Report of the Indian Hemp Drugs Commission, 1894-1895 - Volume V
Year: 1894
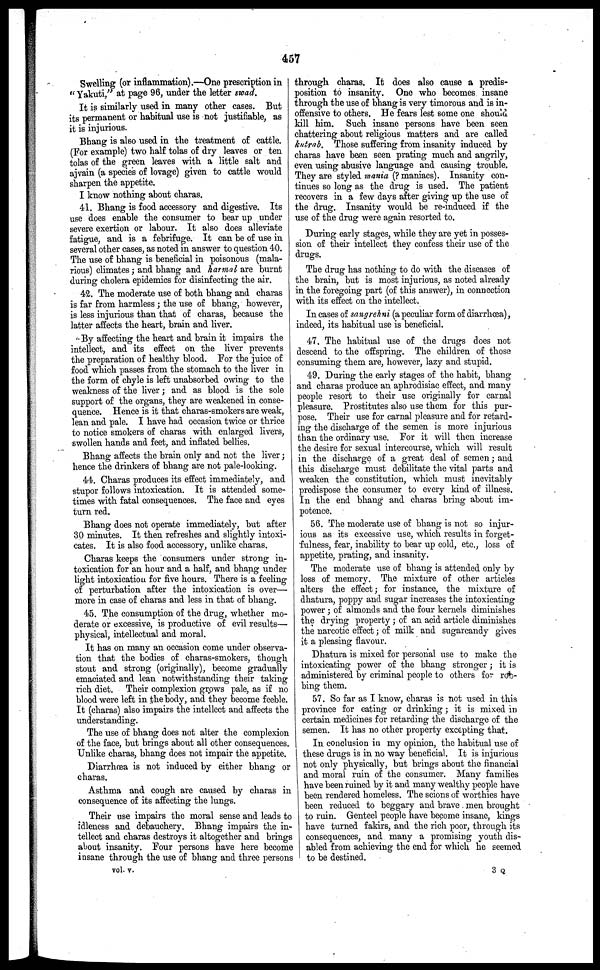
457
Swelling (or inflammation).—One prescription in
" Yakuti," at page 96, under the letter swad.
It is similarly used in many other cases. But
its permanent or habitual use is not justifiable, as
it is injurious.
Bhang is also used in the treatment of cattle.
(For example) two half tolas of dry leaves or ten
tolas of the green leaves with a little salt and
ajvain (a species of lovage) given to cattle would
sharpen the appetite.
I know nothing about charas.
41. Bhang is food accessory and digestive. Its
use does enable the consumer to bear up under
severe exertion or labour. It also does alleviate
fatigue, and is a febrifuge. It can be of use in
several other cases, as noted in answer to question 40.
The use of bhang is beneficial in poisonous (mala-
rious) climates; and bhang and harmal are burnt
during cholera epidemics for disinfecting the air.
42. The moderate use of both bhang and charas
is far from harmless ; the use of bhang, however,
is less injurious than that of charas, because the
latter affects the heart, brain and liver.
By affecting the heart and brain it impairs the
intellect, and its effect on the liver prevents
the preparation of healthy blood. For the juice of
food which passes from the stomach to the liver in
the form of chyle is left unabsorbed owing to the
weakness of the liver; and as blood is the sole
support of the organs, they are weakened in conse-
quence. Hence is it that charas-smokers are weak,
lean and pale. I have had occasion twice or thrice
to notice smokers of charas with enlarged livers,
swollen hands and feet, and inflated bellies.
Bhang affects the brain only and not the liver;
hence the drinkers of bhang are not pale-looking.
44. Charas produces its effect immediately, and
stupor follows intoxication. It is attended some-
times with fatal consequences. The face and eyes
turn red.
Bhang does not operate immediately, but after
30 minutes. It then refreshes and slightly intoxi-
cates. It is also food accessory, unlike charas.
Charas keeps the consumers under strong in-
toxication for an hour and a half, and bhang under
light intoxication for five hours. There is a feeling
of perturbation after the intoxication is over—
more in case of charas and less in that of bhang.
45. The consumption of the drug, whether mo-
derate or excessive, is productive of evil results—
physical, intellectual and moral.
It has on many an occasion come under observa-
tion that the bodies of charas-smokers, though
stout and strong (originally), become gradually
emaciated and lean notwithstanding their taking
rich diet. Their complexion grows pale, as if no
blood were left in the body, and they become feeble.
It (charas) also impairs the intellect and affects the
understanding.
The use of bhang does not alter the complexion
of the face, but brings about all other consequences.
Unlike charas, bhang does not impair the appetite.
Diarrhoea is not induced by either bhang or
charas.
Asthma and cough are caused by charas in
consequence of its affecting the lungs.
Their use impairs the moral sense and leads to
idleness and debauchery. Bhang impairs the in-
tellect and charas destroys it altogether and brings
about insanity. Four persons have here become
insane through the use of bhang and three persons
vol. v.
through charas. It does also cause a predis-
position to insanity. One who becomes insane
through the use of bhang is very timorous and is in-
offensive to others. He fears lest some one should
kill him. Such insane persons have been seen
chattering about religious matters and are called
kntrab. Those suffering from insanity induced by
charas have been seen prating much and angrily,
even using abusive language and causing trouble.
They are styled mania (? maniacs). Insanity con-
tinues so long as the drug is used. The patient
recovers in a few days after giving up the use of
the drug. Insanity would be re-induced if the
use of the drug were again resorted to.
During early stages, while they are yet in posses-
sion of their intellect they confess their use of the
drugs.
The drug has nothing to do with the diseases of
the brain, but is most injurious, as noted already
in the foregoing part (of this answer), in connection
with its effect on the intellect.
In cases of sangrehni (a peculiar form of diarrhoea),
indeed, its habitual use is beneficial.
47. The habitual use of the drugs does not
descend to the offspring. The children of those
consuming them are, however, lazy and stupid.
49. During the early stages of the habit, bhang
and charas produce an aphrodisiac effect, and many
people resort to their use originally for carnal
pleasure. Prostitutes also use them for this pur-
pose. Their use for carnal pleasure and for retard-
ing the discharge of the semen is more injurious
than the ordinary use. For it will then increase
the desire for sexual intercourse, which will result
in the discharge of a great deal of semen; and
this discharge must debilitate the vital parts and
weaken the constitution, which must inevitably
predispose the consumer to every kind of illness.
In the end bhang and charas bring about im-
potence.
56. The moderate use of bhang is not so injur-
ious as its excessive use, which results in forget-
fulness, fear, inability to bear up cold, etc., loss of
appetite, prating, and insanity.
The moderate use of bhang is attended only by
loss of memory. The mixture of other articles
alters the effect; for instance, the mixture of
dhatura, poppy and sugar increases the intoxicating
power ; of almonds and the four kernels diminishes
the drying property ; of an acid article diminishes
the narcotic effect; of milk and sugarcandy gives
it a pleasing flavour.
Dhatura is mixed for personal use to make the
intoxicating power of the bhang stronger; it is
administered by criminal people to others for rob-
bing them.
57. So far as I know, charas is not used in this
province for eating or drinking; it is mixed in
certain medicines for retarding the discharge of the
semen. It has no other property excepting that.
In conclusion in my opinion, the habitual use of
these drugs is in no way beneficial. It is injurious
not only physically, but brings about the financial
and moral ruin of the consumer. Many families
have been ruined by it and many wealthy people have
been rendered homeless. The scions of worthies have
been reduced to beggary and brave men brought
to ruin. Genteel people have become insane, kings
have turned fakirs, and the rich poor, through its
consequences, and many a promising youth dis-
abled from achieving the end for which he seemed
to be destined.
3 Q